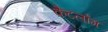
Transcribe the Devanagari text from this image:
कैटलोंग